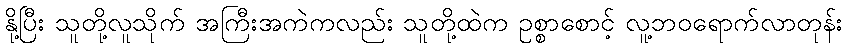
နို့ပြီး သူတို့လူသိုက် အကြီးအကဲကလည်း သူတို့ထဲက ဥစ္စာစောင့် လူ့ဘဝရောက်လာတုန်း